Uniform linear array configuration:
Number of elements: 8
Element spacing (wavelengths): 0.25
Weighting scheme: hamming
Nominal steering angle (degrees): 60
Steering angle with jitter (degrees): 60.565
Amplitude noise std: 0.05
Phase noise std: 0.05

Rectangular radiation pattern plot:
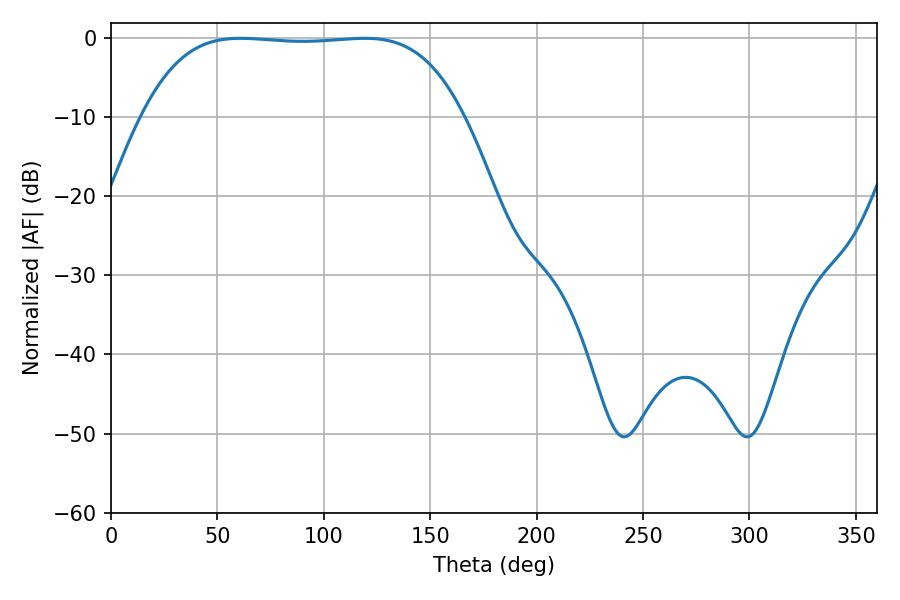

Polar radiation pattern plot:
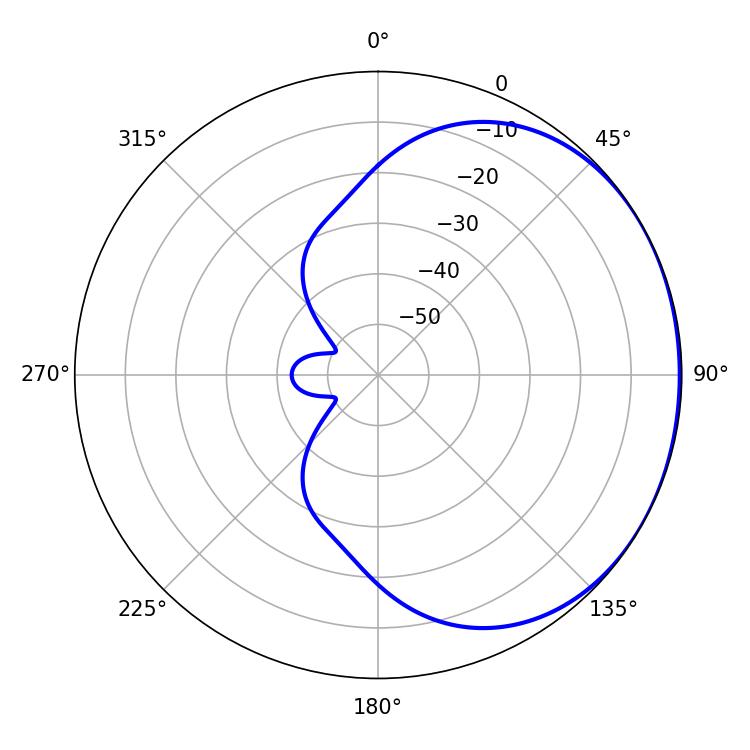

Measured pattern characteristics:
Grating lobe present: FALSE
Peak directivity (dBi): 0.8869
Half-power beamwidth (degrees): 117.36
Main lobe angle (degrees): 60.84